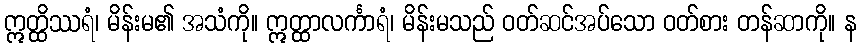
ဣတ္ထိဿရံ၊ မိန်းမ၏ အသံကို။ ဣတ္ထာလင်္ကာရံ၊ မိန်းမသည် ဝတ်ဆင်အပ်သော ဝတ်စား တန်ဆာကို။ န